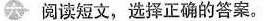
六 阅读短文,选择正确的答案。